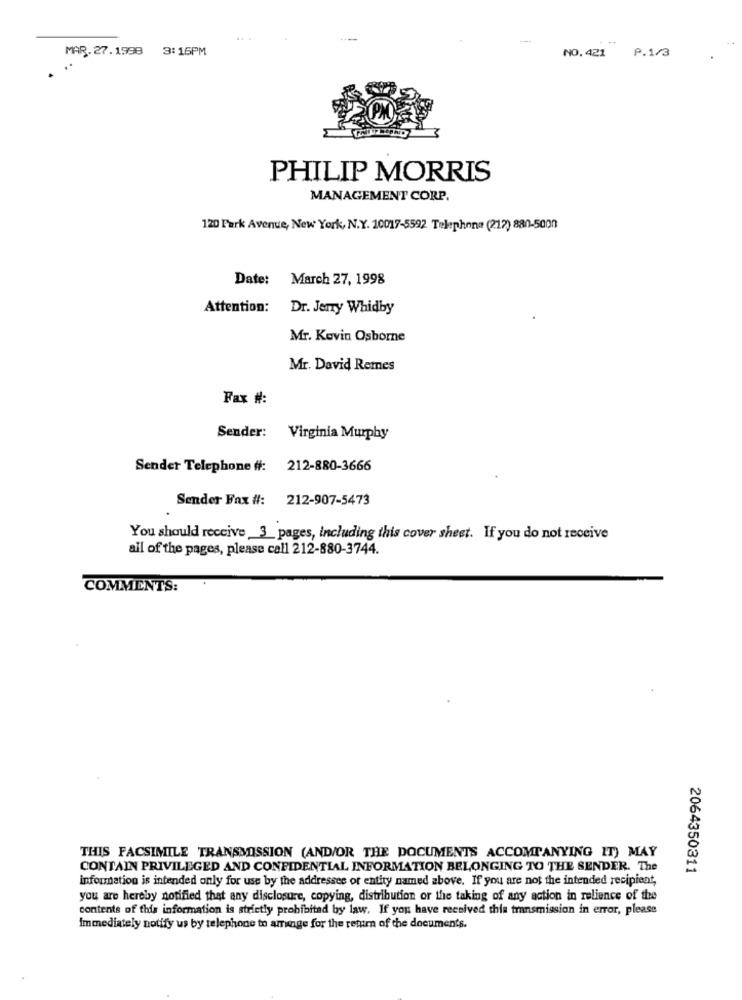
MAR. 27.1998
3:16PM
NO.421
P.1/3
PHILIP MORRIS
MANAGEMENT CORP.
120 Park Avenue, New York, N.Y. 10017-5592 Telephone (212) 880-5000
Date:
March 27, 1998
Attention:
Dr. Jeny Whidby
Mr. Kevin Osborne
Mr. David Remes
Fax #:
Sender: Virginia Murphy
Sender Telephone #: 212-880-3666
Sender Fax #: 212-907-5473
You should receive _3_pages, including this cover sheet. If you do not receive
all of the pages, please call 212-880-3744.
COMMENTS:
THIS FACSIMILE TRANSMISSION (AND/OR THE DOCUMENTS ACCOMPANYING IT) MAY
CONTAIN PRIVILEGED AND CONFIDENTIAL INFORMATION BELONGING TO THE SENDER. The
2064350311
infournation is intended only for use by the addressee or entity named above. If you are not the intended recipient,
you are hereby notified that any disclosure, copying, distribution or the taking of any action in relience of the
contents of this information is strictly prohibited by law. If you have received this transmission in error, please
Immediately notify us by telephone to aminge for the return of the documents.